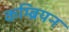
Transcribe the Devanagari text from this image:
कम्ब्रियन